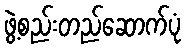
ဖွဲ့စည်းတည်ဆောက်ပုံ